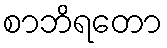
စာဘိရတော